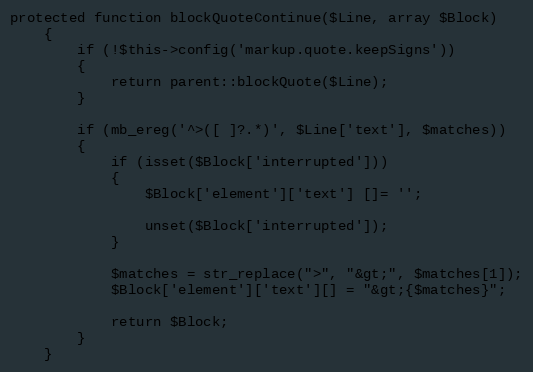
Language: PHP
protected function blockQuoteContinue($Line, array $Block)
    {
        if (!$this->config('markup.quote.keepSigns'))
        {
            return parent::blockQuote($Line);
        }

        if (mb_ereg('^>([ ]?.*)', $Line['text'], $matches))
        {
            if (isset($Block['interrupted']))
            {
                $Block['element']['text'] []= '';

                unset($Block['interrupted']);
            }

            $matches = str_replace(">", "&gt;", $matches[1]);
            $Block['element']['text'][] = "&gt;{$matches}";

            return $Block;
        }
    }